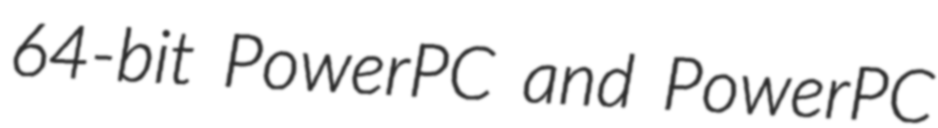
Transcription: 64-bit PowerPC and PowerPC